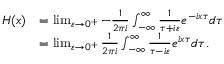
{ \begin{array} { r l } { H ( x ) } & { = \operatorname* { l i m } _ { \varepsilon \to 0 ^ { + } } - { \frac { 1 } { 2 \pi i } } \int _ { - \infty } ^ { \infty } { \frac { 1 } { \tau + i \varepsilon } } e ^ { - i x \tau } d \tau } \\ & { = \operatorname* { l i m } _ { \varepsilon \to 0 ^ { + } } { \frac { 1 } { 2 \pi i } } \int _ { - \infty } ^ { \infty } { \frac { 1 } { \tau - i \varepsilon } } e ^ { i x \tau } d \tau . } \end{array} }